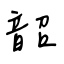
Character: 韶